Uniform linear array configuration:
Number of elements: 24
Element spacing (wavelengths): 0.25
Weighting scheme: binomial
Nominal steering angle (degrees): -15
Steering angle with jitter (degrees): -16.96
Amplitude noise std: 0.05
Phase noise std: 0.05

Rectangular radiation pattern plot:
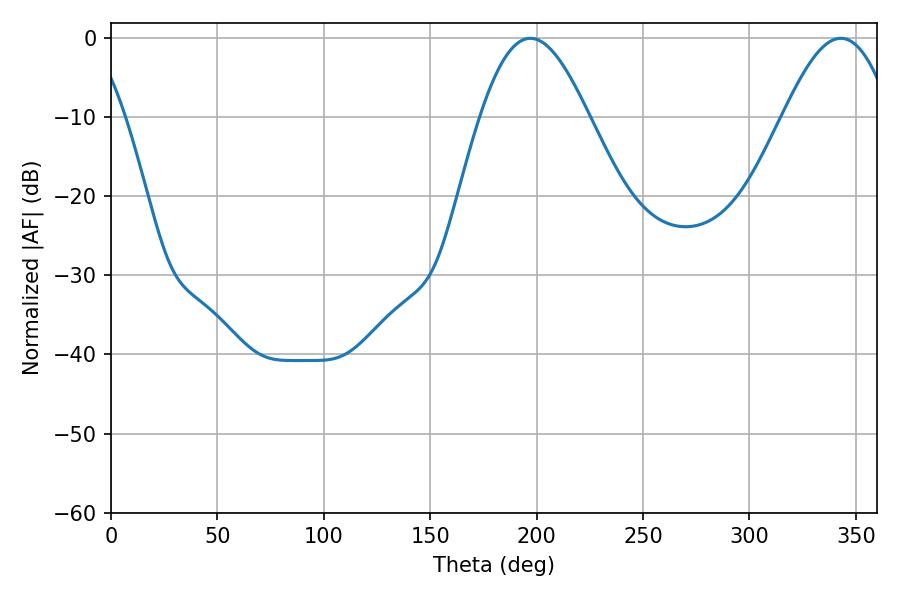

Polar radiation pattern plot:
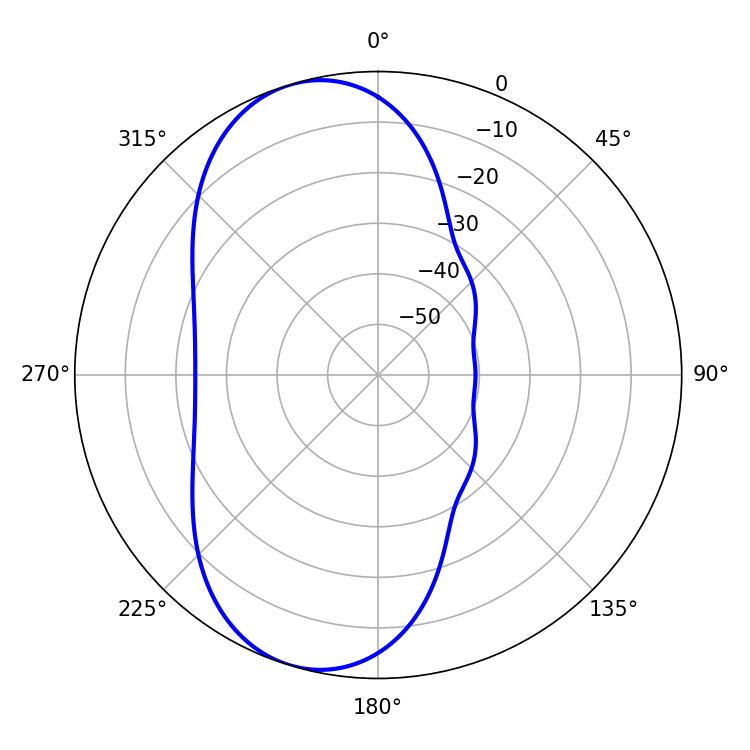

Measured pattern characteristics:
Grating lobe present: FALSE
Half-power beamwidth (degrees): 27.36
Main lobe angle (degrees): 197.1